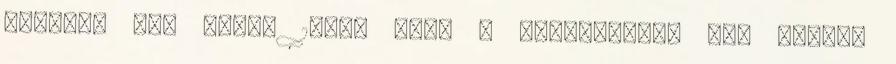
álljunk le, istin 10mg, 5mg. A sárgadinnye egy nagyon